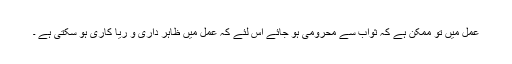
عمل میں تو ممکن ہے کہ ثواب سے محرومی ہو جائے اس لئے کہ عمل میں ظاہر داری و ریا کاری ہو سکتی ہے ۔